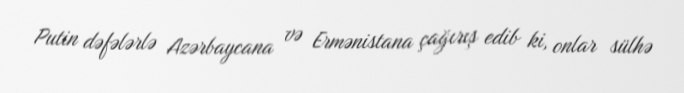
Putin dəfələrlə Azərbaycana və Ermənistana çağırış edib ki, onlar sülhə